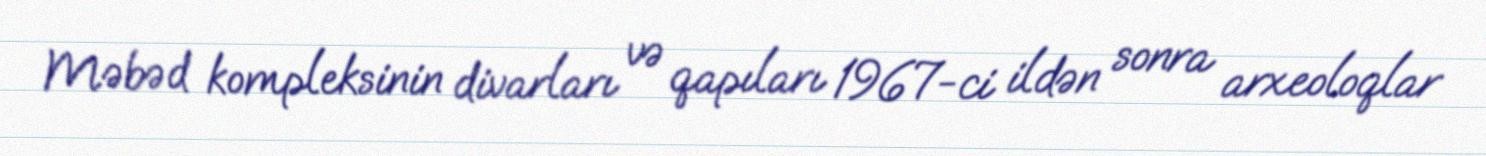
Məbəd kompleksinin divarları və qapıları 1967-ci ildən sonra arxeoloqlar